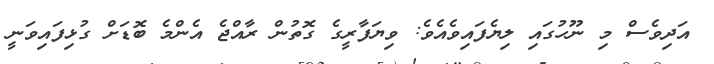
އަދިވެސް މި ނޫހުގައި ލިޔެފައިވެއެވެ: ވިޔަފާރީގެ ގޮތުން ރާއްޖެ އެންމެ ބޮޑަށް ގުޅިފައިވަނީ